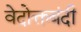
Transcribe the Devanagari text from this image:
वेदोक्तबंदी